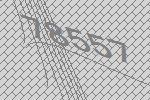
78557